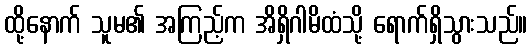
ထို့နောက် သူမ၏ အကြည့်က အိရှိဂါမိထံသို့ ရောက်ရှိသွားသည်။